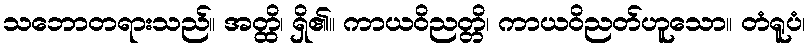
သဘောတရားသည်။ အတ္ထိ၊ ရှိ၏။ ကာယဝိညတ္တိ၊ ကာယဝိညတ်ဟူသော။ တံရူပံ၊